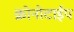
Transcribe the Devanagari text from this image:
क्रोनोटाईप